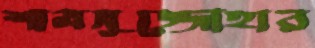
শামসুজ্জোহার